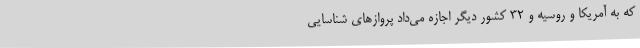
که به آمریکا و روسیه و 32 کشور دیگر اجازه می‌داد پروازهای شناسایی